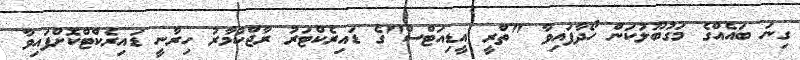
ގިނަ ބައެއްގެ މަގުބޫލުކަން ހޯދާފައިވާ "ތްރީ އީޑިއަޓްސް"ގެ ޑައިރެކްޓަރު ރާޖްކުމާރު ހިރާނީ ޑައިރެކްޓްކޮށްފައިވާ